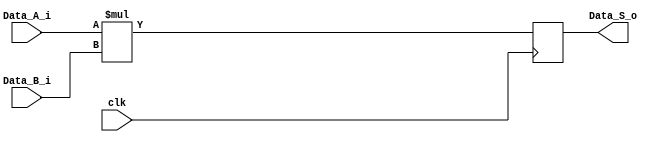
//==================================================================================================
//  Revision      : 
//  Company       : Instituto Tecnologico de Costa Rica
//
//  Description   : 
//
//
//==================================================================================================

`timescale 1ns / 1ps

module mult
    //#(parameter SW = 24, parameter precision = 0)
    #(parameter SW = 24)
    (
    input wire clk,
    input wire [SW-1:0] Data_A_i,
    input wire [SW-1:0] Data_B_i,
    output reg [2*SW-1:0] Data_S_o
    );

always @(posedge clk) begin
    Data_S_o = Data_A_i *Data_B_i ;
end

endmodule